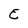
Character: E